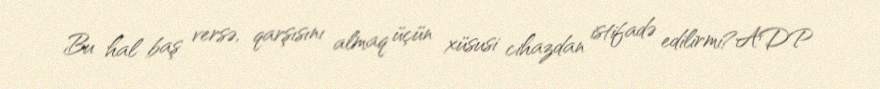
Bu hal baş versə, qarşısını almaq üçün xüsusi cihazdan istifadə edilirmi?ADP